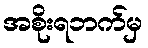
အစိုးရဘက်မှ